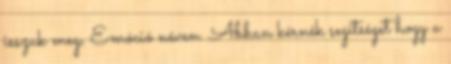
isszuk meg, Emóció néven. Abban kérnék segítséget hogy a